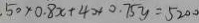
. 5 0 \times 0 . 8 x + 4 0 + 0 . 7 5 y = 5 2 0 0